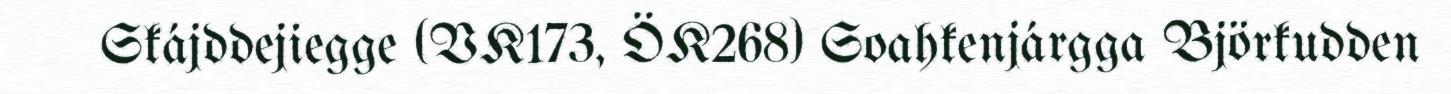
Skájddejiegge (VK173, ÖK268) Soahkenjárgga Björkudden